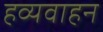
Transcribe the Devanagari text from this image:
हव्यवाहन